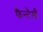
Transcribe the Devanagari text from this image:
फैन्टेसी